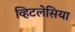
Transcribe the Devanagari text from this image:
व्हिटलेसिया